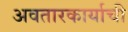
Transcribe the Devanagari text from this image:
अवतारकार्याची